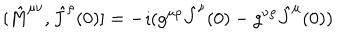
LaTeX: [ { \hat { M } } ^ { \mu \nu } , { \hat { J } } ^ { \rho } ( 0 ) ] = - \imath ( g ^ { \mu \rho } { \hat { J } } ^ { \nu } ( 0 ) - g ^ { \nu \rho } { \hat { J } } ^ { \mu } ( 0 ) )